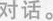
对话。